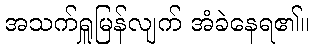
အသက်ရှူမြန်လျက် အံခဲနေရ၏။